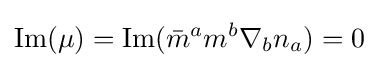
{\text{Im}}(\mu )={\text{Im}}({\bar {m}}^{a}m^{b}\nabla _{b}n_{a})=0